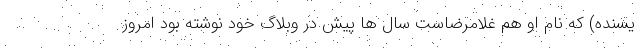
یسنده) که نام او هم غلامرضاست سال ها پیش در وبلاگ خود نوشته بود امروز